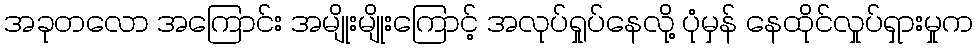
အခုတလော အကြောင်း အမျိုးမျိုးကြောင့် အလုပ်ရှုပ်နေလို့ ပုံမှန် နေထိုင်လှုပ်ရှားမှုက